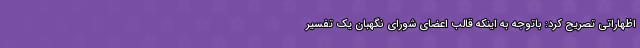
اظهاراتی تصریح کرد: باتوجه به اینکه قالب اعضای شورای نگهبان یک تفسیر